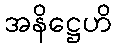
အနိဋ္ဌေဟိ